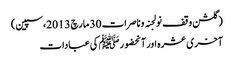
(گلشن وقف نولجنہ وناصرات 30 مارچ 2013،سپین)
آخری عشرہ اور آنحضورﷺ کی عبادات